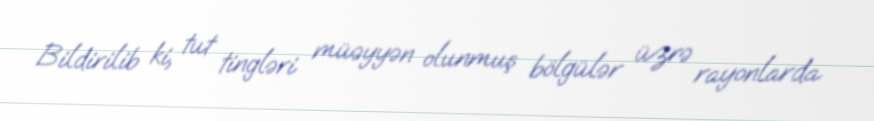
Bildirilib ki, tut tingləri müəyyən olunmuş bölgülər üzrə rayonlarda